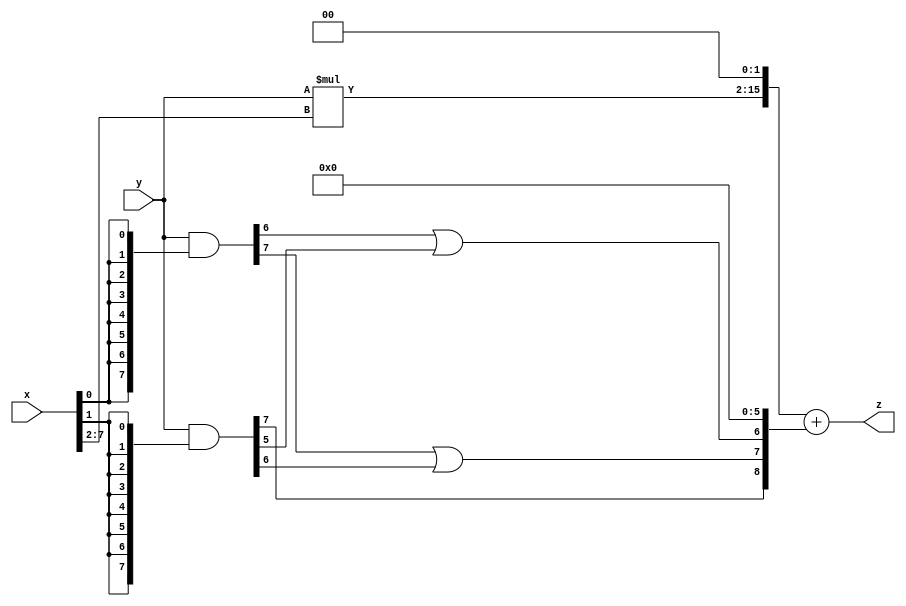
// terms: 3
// fval:  20311.25

module unsigned_8x8_l2_lamb5000_4 (
	input [7:0] x,
	input [7:0] y,
	output [15:0] z
);

wire [13:0] tmp_z = y*x[7:2];

wire [7:0] part1 =  y & {8{x[0]}};
wire [7:0] part2 =  y & {8{x[1]}};

wire [8:0] new_part1;
assign new_part1[0] = 0;
assign new_part1[1] = 0;
assign new_part1[2] = 0;
assign new_part1[3] = 0;
assign new_part1[4] = 0;
assign new_part1[5] = 0;
assign new_part1[6] = part1[6] | part2[5];
assign new_part1[7] = part1[7] | part2[6];
assign new_part1[8] = part2[7];

assign z = {tmp_z, 2'd 0} + new_part1;
endmodule